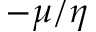
- \mu / \eta